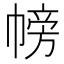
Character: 𢄎